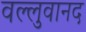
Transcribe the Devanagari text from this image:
वल्लुवानद